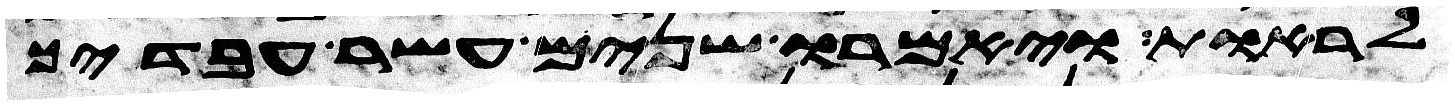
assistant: לראות ויאמרו שנים עשר עבדיך